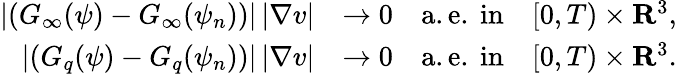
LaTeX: \begin{array}{rl}{\left|\left(G_{\infty}(\psi)-G_{\infty}(\psi_{n})\right)\right|\, |\nabla v|}&{\rightarrow 0\quad\mathrm{a.e.~in}\quad[0,T)\times{\mathbf R}^{3},}\\ {\left|\left(G_{q}(\psi)-G_{q}(\psi_{n})\right)\right|\, |\nabla v|}&{\rightarrow 0\quad\mathrm{a.e.~in}\quad[0,T)\times{\mathbf R}^{3}.}\end{array}